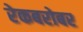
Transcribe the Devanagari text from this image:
रेकबरोबर